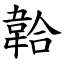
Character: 韐